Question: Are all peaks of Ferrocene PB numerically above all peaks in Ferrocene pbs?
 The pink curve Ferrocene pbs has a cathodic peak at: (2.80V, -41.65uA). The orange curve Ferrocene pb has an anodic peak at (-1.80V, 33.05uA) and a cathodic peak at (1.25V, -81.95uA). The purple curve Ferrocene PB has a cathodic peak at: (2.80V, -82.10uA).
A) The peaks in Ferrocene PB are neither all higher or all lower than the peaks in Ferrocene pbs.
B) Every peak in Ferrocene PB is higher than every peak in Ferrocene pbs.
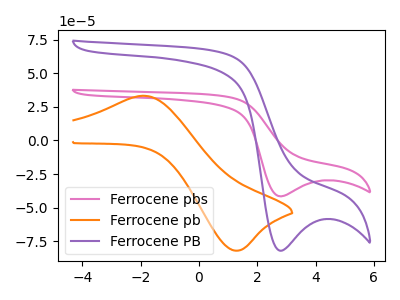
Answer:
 <answer>B) Every peak in "Ferrocene PB" is higher than every peak in "Ferrocene pbs".</answer>
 <eval>B</eval>